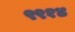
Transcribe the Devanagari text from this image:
९९१४